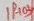
Text: 1H03